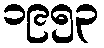
၁၉၅၃